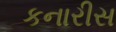
કનારીસ